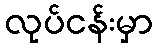
လုပ်ငန်းမှာ